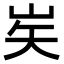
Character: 㞺